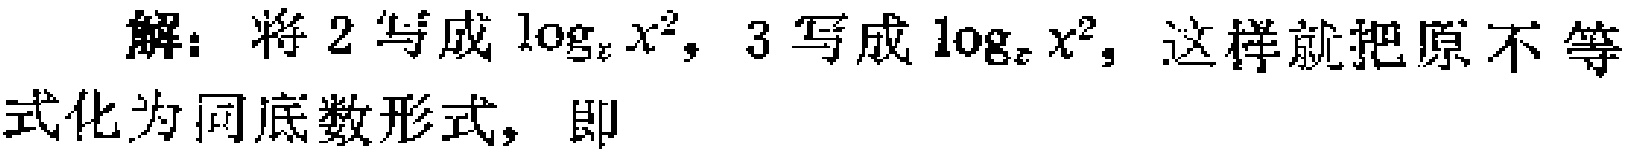
解：将 2 写成 \(\log_{x}x^{2}\)，3 写成 \(\log_{x}x^{3}\)，这样就把原不等式化为同底数形式，即